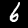
Label: 6